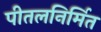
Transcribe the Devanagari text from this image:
पीतलनिर्मित